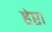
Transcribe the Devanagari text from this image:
हेप्टा